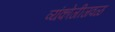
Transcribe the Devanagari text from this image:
व्यंकोजीजवळ